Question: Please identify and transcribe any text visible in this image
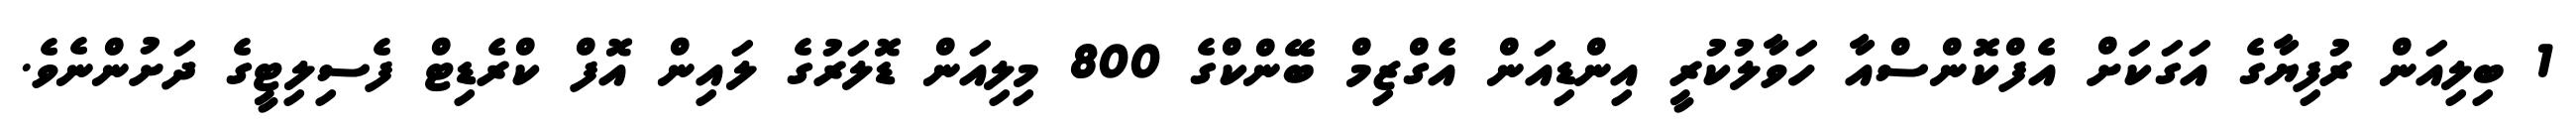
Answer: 1 ބިލިއަން ރުފިޔާގެ އަގަކަށް އެފްކޮންސްއާ ހަވާލުކުރީ އިންޑިއަން އެގްޒިމް ބޭންކްގެ 800 މިލިއަން ޑޮލަރުގެ ލައިން އޮފް ކްރެޑިޓް ފެސިލިޓީގެ ދަށުންނެވެ.